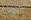
علانية